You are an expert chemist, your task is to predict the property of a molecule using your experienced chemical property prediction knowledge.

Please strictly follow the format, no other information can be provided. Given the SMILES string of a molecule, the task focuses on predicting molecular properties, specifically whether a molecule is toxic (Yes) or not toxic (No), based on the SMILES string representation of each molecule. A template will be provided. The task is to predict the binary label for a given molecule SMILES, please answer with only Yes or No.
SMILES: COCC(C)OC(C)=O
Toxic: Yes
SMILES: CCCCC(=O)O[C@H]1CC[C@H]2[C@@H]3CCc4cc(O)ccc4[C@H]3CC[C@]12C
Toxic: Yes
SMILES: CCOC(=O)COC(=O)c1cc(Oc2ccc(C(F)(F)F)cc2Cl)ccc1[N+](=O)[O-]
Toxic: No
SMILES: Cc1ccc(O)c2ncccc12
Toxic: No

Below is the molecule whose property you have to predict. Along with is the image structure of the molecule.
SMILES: CCCCCCCCCCCCOS(=O)(=O)O.OCCN(CCO)CCO
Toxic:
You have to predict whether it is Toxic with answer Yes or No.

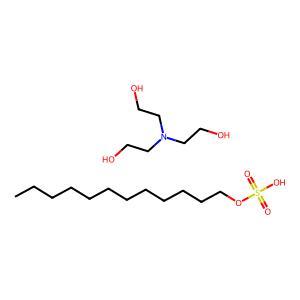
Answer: No